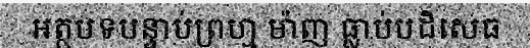
អត្ថបទបន្ទាប់ព្រហ្ម ម៉ាញ ធ្លាប់បដិសេធ